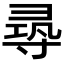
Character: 𡬶